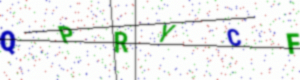
Text: QPRYCF